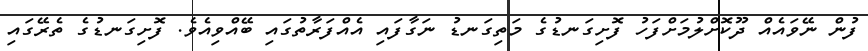
ފުން ނޭވައެއް ދޫކޮށްލުމަށްފަހު ފޮށިގަނޑުގެ މަތިގަނޑު ނަގާފައި އެއްފަރާތުގައި ބޭއްވިއެވެ. ފޮށިގަނޑުގެ ތެރޭގައި